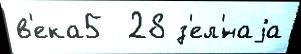
в'ека5  28 з'ел'́наjа